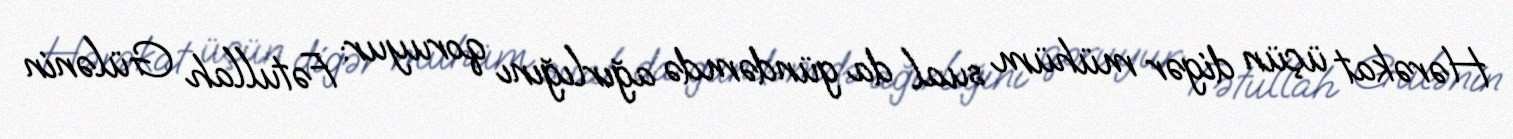
Hərəkat üçün digər mühüm sual da gündəmdə ağırlığını qoruyur: Fətullah Gülənin